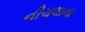
નીચલાના